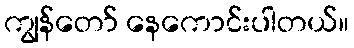
ကျွန်တော် နေကောင်းပါတယ်။